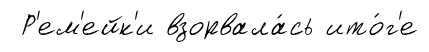
Р'ем'ейк'и взорвала́сь ито́г'е